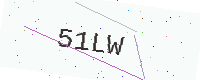
Text: 51LW